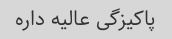
پاکیزگی عالیه داره